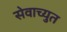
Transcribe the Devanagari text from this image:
सेवाच्युत